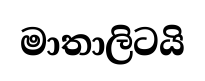
මාතාලිටයි